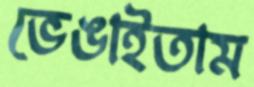
ভেঙাইতাম